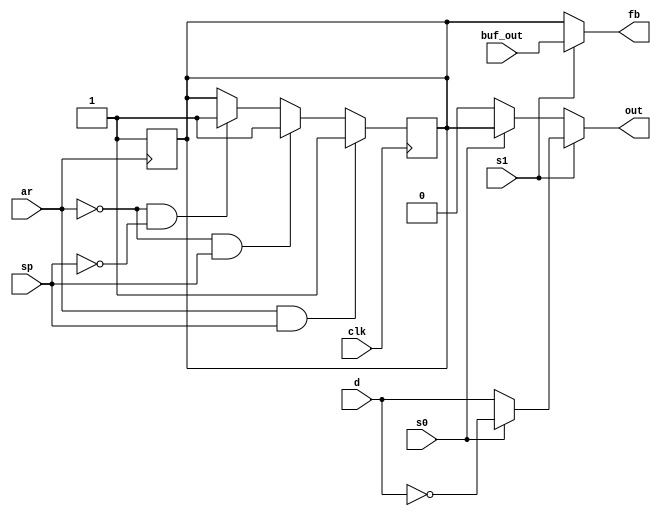
`timescale 1ns / 1ps
//////////////////////////////////////////////////////////////////////////////////
// Company: 
// Engineer: 
// 
// Design Name: 
// Module Name: macrocell_22V10
// Project Name: 
// Target Devices: 
// Tool Versions: 
// Description: 
// 
// Dependencies: 
// 
// Revision:
// Revision 0.01 - File Created
// Additional Comments:
// 
//////////////////////////////////////////////////////////////////////////////////


module macrocell_22V10(
    input clk,
    input s0,
    input s1,
    input sp,
    input ar,
    input d,
    input buf_out,
    output out,
    output fb
    );
    reg q = 0;
    reg qn;
    
    always @(posedge ar)
        begin
        q = 0;
        qn <= ~q;
        end
    
    always @(posedge clk)
        begin
            if(ar == 1 && sp == 1)
                begin
                q <= 0;
                qn <= ~q;
                end
            else if(ar == 0 && sp == 1)
                begin
                q <= 1;
                qn <= ~q;
                end
            else if (ar == 0 && sp == 0)
                begin
                q <= d;
                qn <= ~q;
                end
        end
    
    assign out = (s1) ? (s0 ? !d : d) : ( s0 ? qn : q);
    
    assign fb = (s1) ? buf_out : qn;
       
endmodule

module macrocell_22V10_tb();
    reg clk = 0, s0 = 0, s1 = 0, sp = 0, ar = 0, d = 0, buf_out = 0;
    wire out, fb;
    
    macrocell_22V10 dut(clk,s0,s1,sp,ar,d,buf_out, out, fb);
    
    always begin
    clk = ~clk;
    #1;
    end
    
    initial begin
    d = 0;
    ar = 0;
    sp = 0;
    s0 = 0;
    s1 = 0;
    buf_out = 0;
    #10
    d = 1;
    s1 = 1;
    #10
    s0 = 0;
    s1 = 0;
    #5
    d = 0;
    #5
    sp = 1;
    #11
    ar = 1;
    #10
    sp = 0;
    ar = 0;
    #5
    s0 = 1;
    #10;
    end
    
    
endmodule